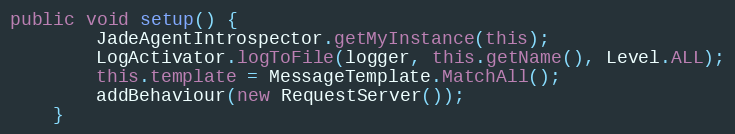
Language: Java
public void setup() {
        JadeAgentIntrospector.getMyInstance(this);
        LogActivator.logToFile(logger, this.getName(), Level.ALL);
        this.template = MessageTemplate.MatchAll();
        addBehaviour(new RequestServer());
    }